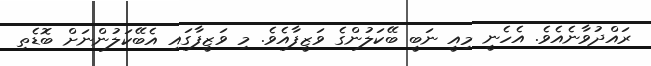
ރައްދުވާނެއެވެ. އެހެނީ މިއީ ނަބީ ބޭކަލުންގެ ވަޒީފާއެވެ. މި ވަޒީފާގައި އެބޭކަލުންނަށް ބޮޑެތި